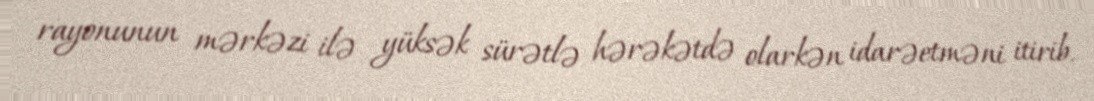
rayonunun mərkəzi ilə yüksək sürətlə hərəkətdə olarkən idarəetməni itirib.